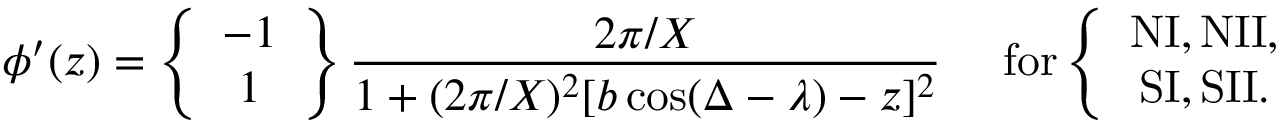
\phi ^ { \prime } ( z ) = \left\{ \begin{array} { c } { { - 1 } } \\ { { 1 } } \end{array} \right\} \frac { 2 \pi / X } { 1 + ( 2 \pi / X ) ^ { 2 } [ b \cos ( \Delta - \lambda ) - z ] ^ { 2 } } { } ~ ~ ~ ~ \mathrm { f o r } \left\{ \begin{array} { c } { { \mathrm { N I , N I I , } } } \\ { { \mathrm { S I , S I I . } } } \end{array} \right.